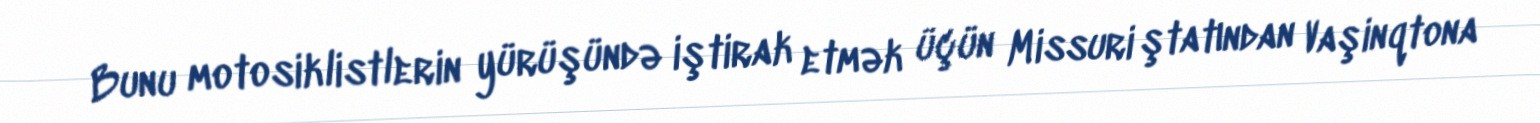
Bunu motosiklistlerin yürüşündə iştirak etmək üçün Missuri ştatından Vaşinqtona